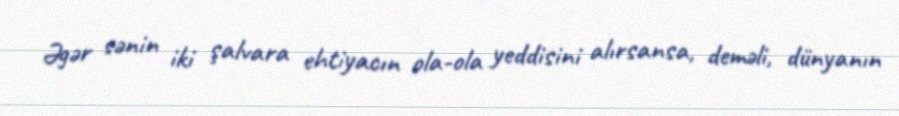
Əgər sənin iki şalvara ehtiyacın ola-ola yeddisini alırsansa, deməli, dünyanın